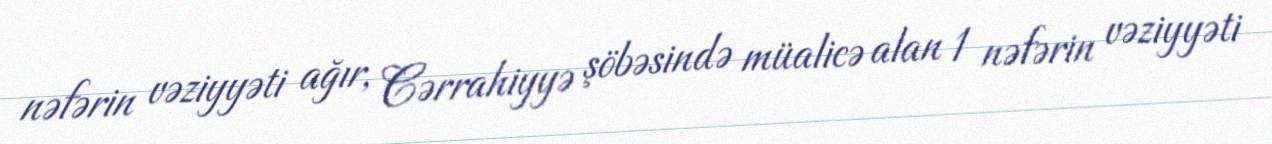
nəfərin vəziyyəti ağır, Cərrahiyyə şöbəsində müalicə alan 1 nəfərin vəziyyəti